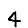
Digit: 4